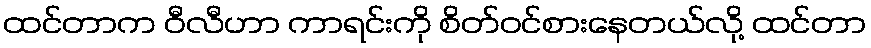
ထင်တာက ဝီလီဟာ ကာရင်းကို စိတ်ဝင်စားနေတယ်လို့ ထင်တာ